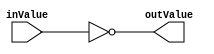
`timescale 1ns/1ps
`default_nettype none
// PLEASE READ THIS, IT MAY SAVE YOU SOME TIME AND MONEY, THANK YOU!
// * This file was generated by Quokka FPGA Toolkit.
// * Generated code is your property, do whatever you want with it
// * Place custom code between [BEGIN USER ***] and [END USER ***].
// * CAUTION: All code outside of [USER] scope is subject to regeneration.
// * Bad things happen sometimes in developer's life,
//   it is recommended to use source control management software (e.g. git, bzr etc) to keep your custom code safe'n'sound.
// * Internal structure of code is subject to change.
//   You can use some of signals in custom code, but most likely they will not exist in future (e.g. will get shorter or gone completely)
// * Please send your feedback, comments, improvement ideas etc. to evmuryshkin@gmail.com
// * Visit https://github.com/EvgenyMuryshkin/QuokkaEvaluation to access latest version of playground
//
// DISCLAIMER:
//   Code comes AS-IS, it is your responsibility to make sure it is working as expected
//   no responsibility will be taken for any loss or damage caused by use of Quokka toolkit.
//
// System configuration name is GenerateModule4_TopLevel_nested2_inverter, clock frequency is 1Hz, Embedded
// FSM summary
// -- Packages
module GenerateModule4_TopLevel_nested2_inverter
(
	// [BEGIN USER PORTS]
	// [END USER PORTS]
	input wire inValue,
	output wire outValue
);
	// [BEGIN USER SIGNALS]
	// [END USER SIGNALS]
	localparam HiSignal = 1'b1;
	localparam LoSignal = 1'b0;
	wire Zero = 1'b0;
	wire One = 1'b1;
	wire true = 1'b1;
	wire false = 1'b0;
	wire Inputs_inValue;
	wire GenerateModule_L16F33T48_Expr;
	wire GenerateModule_L16F33T48_Expr_1;
	assign GenerateModule_L16F33T48_Expr = ~GenerateModule_L16F33T48_Expr_1;
	assign GenerateModule_L16F33T48_Expr_1 = Inputs_inValue;
	assign Inputs_inValue = inValue;
	assign outValue = GenerateModule_L16F33T48_Expr;
	// [BEGIN USER ARCHITECTURE]
	// [END USER ARCHITECTURE]
endmodule